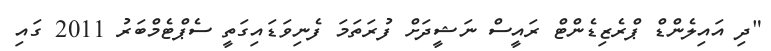
"ދި އައިލެންޑް ޕްރެޒިޑެންޓް ރައީސް ނަޝީދަށް ފުރަތަމަ ފެނިވަޑައިގަތީ ސެޕްޓެމްބަރު 2011 ގައި